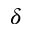
\delta